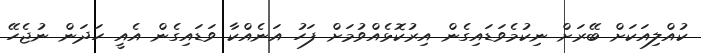
ކުއްލިއަކަށް ބޭރަށް ނިކުމެވަޑައިގެން އިރުކޮޅެއްވުމަށް ފަހު އަނެއްކާ ވަޑައިގެން އެއީ ހަދަން ނުޖެހޭ